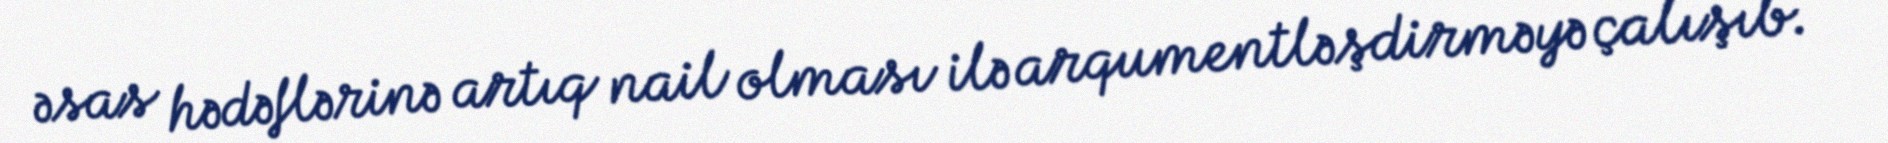
əsas hədəflərinə artıq nail olması ilə arqumentləşdirməyə çalışıb.